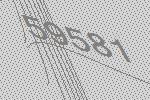
59581